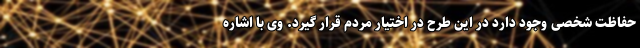
حفاظت شخصی وجود دارد در این طرح در اختیار مردم قرار گیرد. وی با اشاره